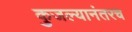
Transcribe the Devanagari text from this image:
कुजल्यानंतरच